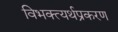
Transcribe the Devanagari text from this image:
विभक्त्यर्थप्रकरण